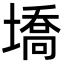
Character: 墧